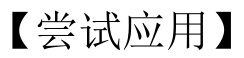
【尝试应用】